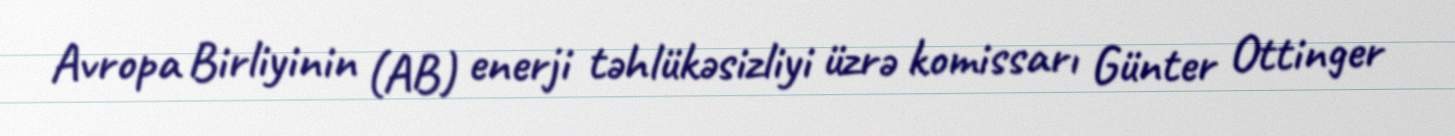
Avropa Birliyinin (AB) enerji təhlükəsizliyi üzrə komissarı Günter Ottinger